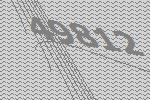
49812